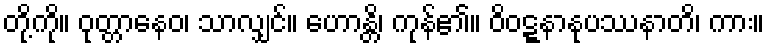
တို့ကို။ ဝုတ္တာနေဝ၊ သာလျှင်။ ဟောန္တိ၊ ကုန်၏။ ဝိဝဋ္ဋနာနုပဿနာတိ၊ ကား။